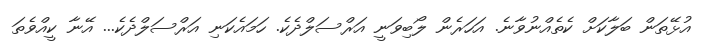
އުޅޭތަން ބަލާކަށް ކެތެއްނުވާނެ. އަހަރެން ލޯބިވަނީ އަރްސަލްދެކެ. ހަމައެކަނި އަރްސަލްދެކެ... އޭނާ ކީއްވެތަ